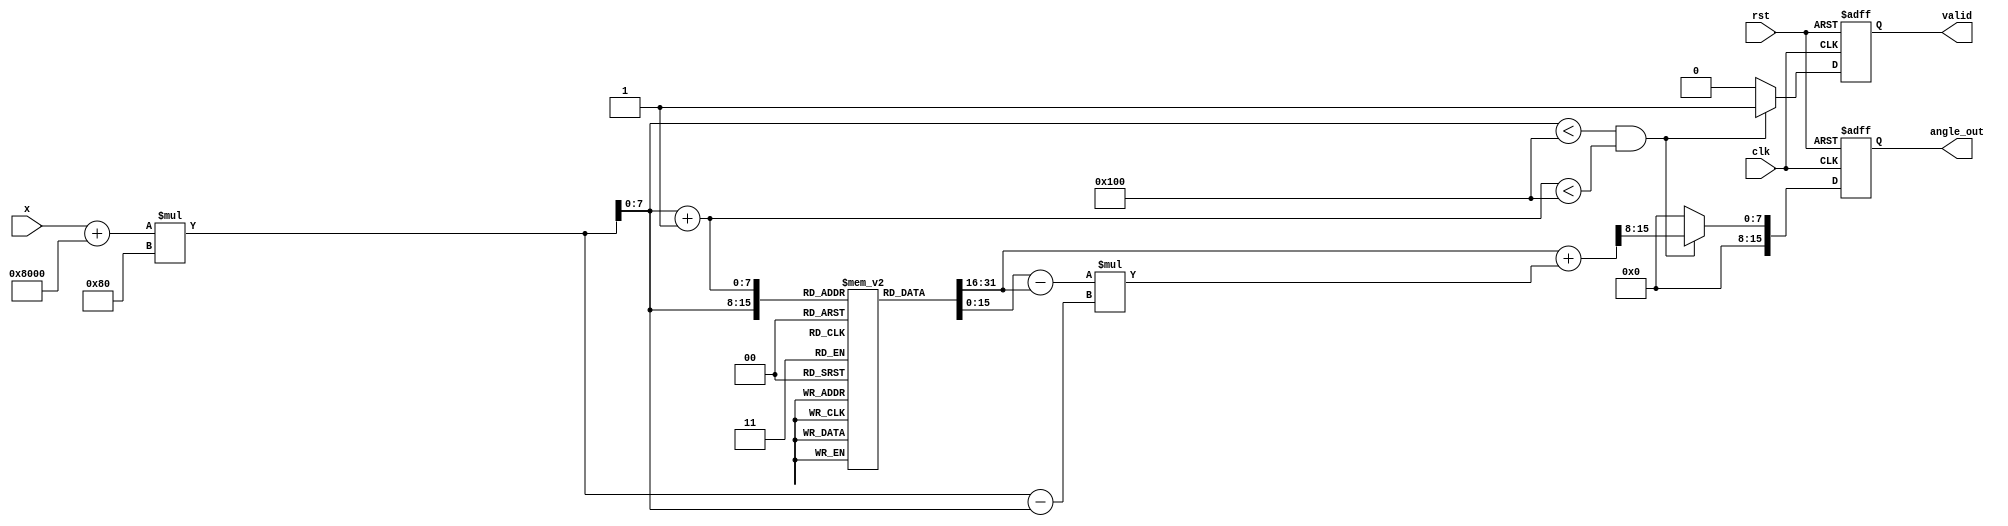
module asin_block #(
    parameter INPUT_WIDTH = 16,  // Width of the input fixed-point value
    parameter OUTPUT_WIDTH = 16, // Width of the output fixed-point value
    parameter LUT_SIZE = 256      // Number of entries in the LUT
)(
    input wire clk,
    input wire rst,
    input wire [INPUT_WIDTH-1:0] x, // Input sine value in fixed-point
    output reg [OUTPUT_WIDTH-1:0] angle_out, // Output angle in radians
    output reg valid // Output valid signal
);

    // LUT for asin values (pre-computed)
    reg [OUTPUT_WIDTH-1:0] lut [0:LUT_SIZE-1];
    initial begin
        // Initialize LUT with pre-computed asin values (in radians)
        // This is just an example. You need to fill this with actual values.
        // lut[0] = 0; // asin(0)
        // lut[1] = 0.1; // asin(0.1)
        // ...
        // lut[LUT_SIZE-1] = 1.5708; // asin(1)
    end

    // Internal signals for interpolation
    reg [OUTPUT_WIDTH-1:0] lut_a, lut_b;
    reg [INPUT_WIDTH-1:0] x_scaled;
    reg [7:0] index_a, index_b;
    reg [INPUT_WIDTH-1:0] x_frac;
    reg [OUTPUT_WIDTH-1:0] angle_interp;

    always @(posedge clk or posedge rst) begin
        if (rst) begin
            angle_out <= 0;
            valid <= 0;
        end else begin
            // Scale input to match LUT index
            x_scaled = (x + (1 << (INPUT_WIDTH-1))) * (LUT_SIZE / 2); // Scale to [0, LUT_SIZE-1]
            index_a = x_scaled[7:0]; // Lower index
            index_b = index_a + 1; // Upper index

            // Ensure indices are within bounds
            if (index_a < LUT_SIZE && index_b < LUT_SIZE) begin
                lut_a = lut[index_a];
                lut_b = lut[index_b];

                // Calculate fractional part for interpolation
                x_frac = x_scaled - index_a;

                // Linear interpolation
                angle_interp = lut_a + ((lut_b - lut_a) * x_frac) >> 8; // Assuming 8 bits for fractional part

                angle_out <= angle_interp;
                valid <= 1;
            end else begin
                // Handle out of range input
                angle_out <= 0; // Default output for invalid input
                valid <= 0;
            end
        end
    end

endmodule